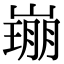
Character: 𡼜